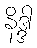
နိဒ္ဒါ